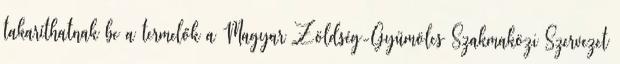
takaríthatnak be a termelők a Magyar Zöldség-Gyümölcs Szakmaközi Szervezet